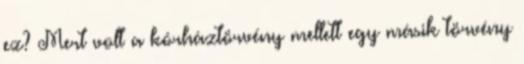
ez? Mert volt a kórháztörvény mellett egy másik törvény